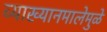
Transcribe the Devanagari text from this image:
व्याख्यानमालेमुळे